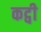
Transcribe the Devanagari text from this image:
कट्वी